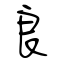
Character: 良